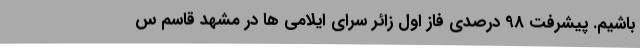
باشیم. پیشرفت 98 درصدی فاز اول زائر سرای ایلامی ها در مشهد قاسم س